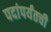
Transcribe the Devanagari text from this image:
पदांपर्यंतची